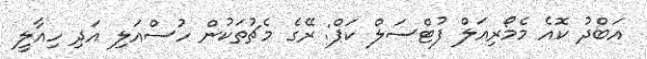
އަބްދު ކޮއެ މެމޯރިއަލް ފުޓްސަލް ކަޕް: ރޭގެ މެޗުތަކުން ހުސްއަލި އަދި ހިއާލީ